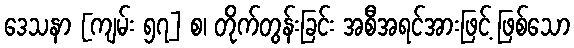
ဒေသနာ [ကျမ်း ၅၇] စ၊ တိုက်တွန်းခြင်း အစီအရင်အားဖြင့် ဖြစ်သော